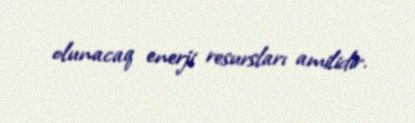
olunacaq enerji resursları amilidir.